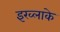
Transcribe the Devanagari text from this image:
इख्लाके